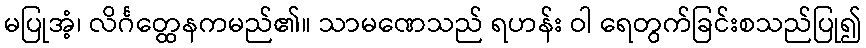
မပြုအံ့၊ လိင်္ဂတ္ထေနကမည်၏။ သာမဏေသည် ရဟန်း ဝါ ရေတွက်ခြင်းစသည်ပြု၍